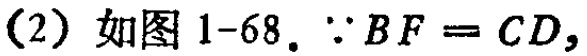
(2) 如图 1-68. \(\because BF = CD,\)